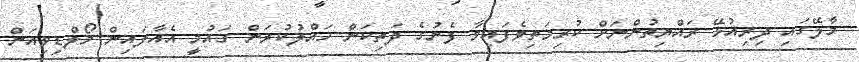
މާލޭގައި ދިރިއުޅޭ ރައްޔިތުންނަށް ކުރިމަތިވެފައިވާ ފެނުގެ ދަތިކަން ހައްލުކުރަން ގައުމީ އެއާލައިން މޯލްޑިވިއަން